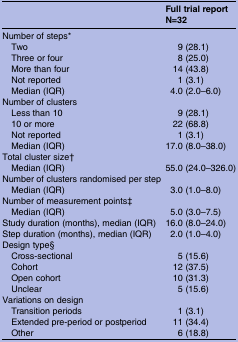
|  | Full trial reportN=32 |
 | --- | --- |
 | <COLSPAN=2> Number of steps* |
 | Two | 9 (28.1) |
 | Three or four | 8 (25.0) |
 | More than four | 14 (43.8) |
 | Not reported | 1 (3.1) |
 | Median (IQR) | 4.0 (2.0–6.0) |
 | <COLSPAN=2> Number of clusters |
 | Less than 10 | 9 (28.1) |
 | 10 or more | 22 (68.8) |
 | Not reported | 1 (3.1) |
 | Median (IQR) | 17.0 (8.0–38.0) |
 | <COLSPAN=2> Total cluster size† |
 | Median (IQR) | 55.0 (24.0–326.0) |
 | <COLSPAN=2> Number of clusters randomised per step |
 | Median (IQR) | 3.0 (1.0–8.0) |
 | <COLSPAN=2> Number of measurement points‡ |
 | Median (IQR) | 5.0 (3.0–7.5) |
 | Study duration (months), median (IQR) | 16.0 (8.0–24.0) |
 | Step duration (months), median (IQR) | 2.0 (1.0–4.0) |
 | <COLSPAN=2> Design type§ |
 | Cross-sectional | 5 (15.6) |
 | Cohort | 12 (37.5) |
 | Open cohort | 10 (31.3) |
 | Unclear | 5 (15.6) |
 | <COLSPAN=2> Variations on design |
 | Transition periods | 1 (3.1) |
 | Extended pre-period or postperiod | 11 (34.4) |
 | Other | 6 (18.8) |